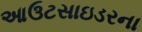
આઉટસાઇડરના